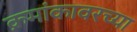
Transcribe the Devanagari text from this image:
क्रमांकावरच्या